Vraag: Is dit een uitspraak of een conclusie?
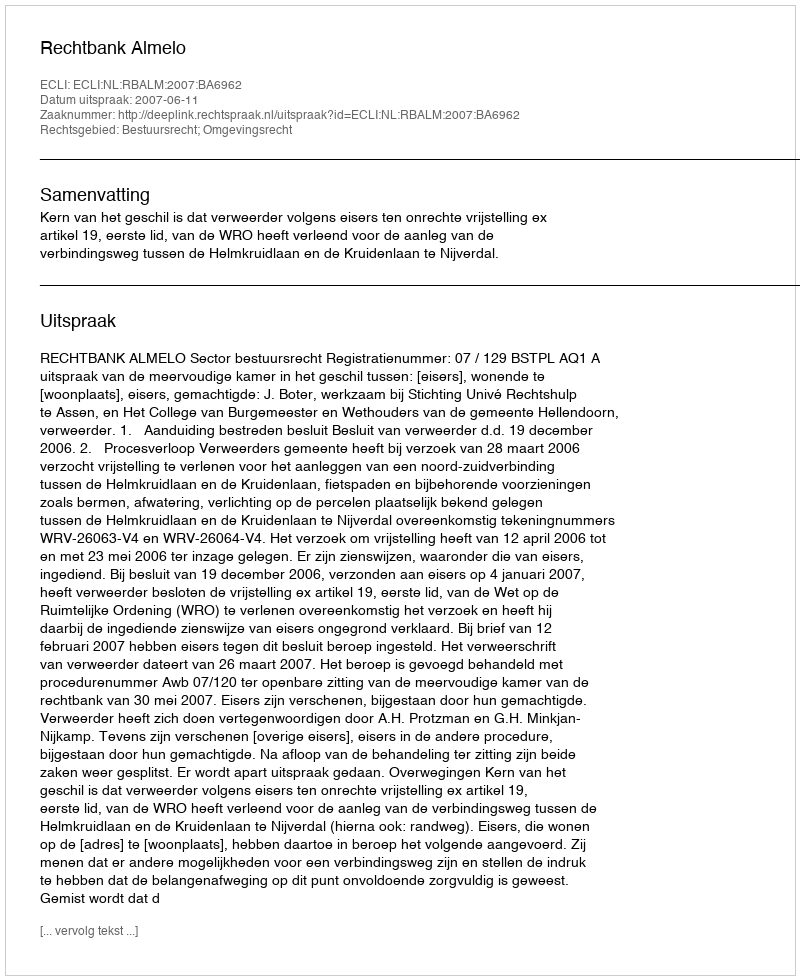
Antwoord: Uitspraak